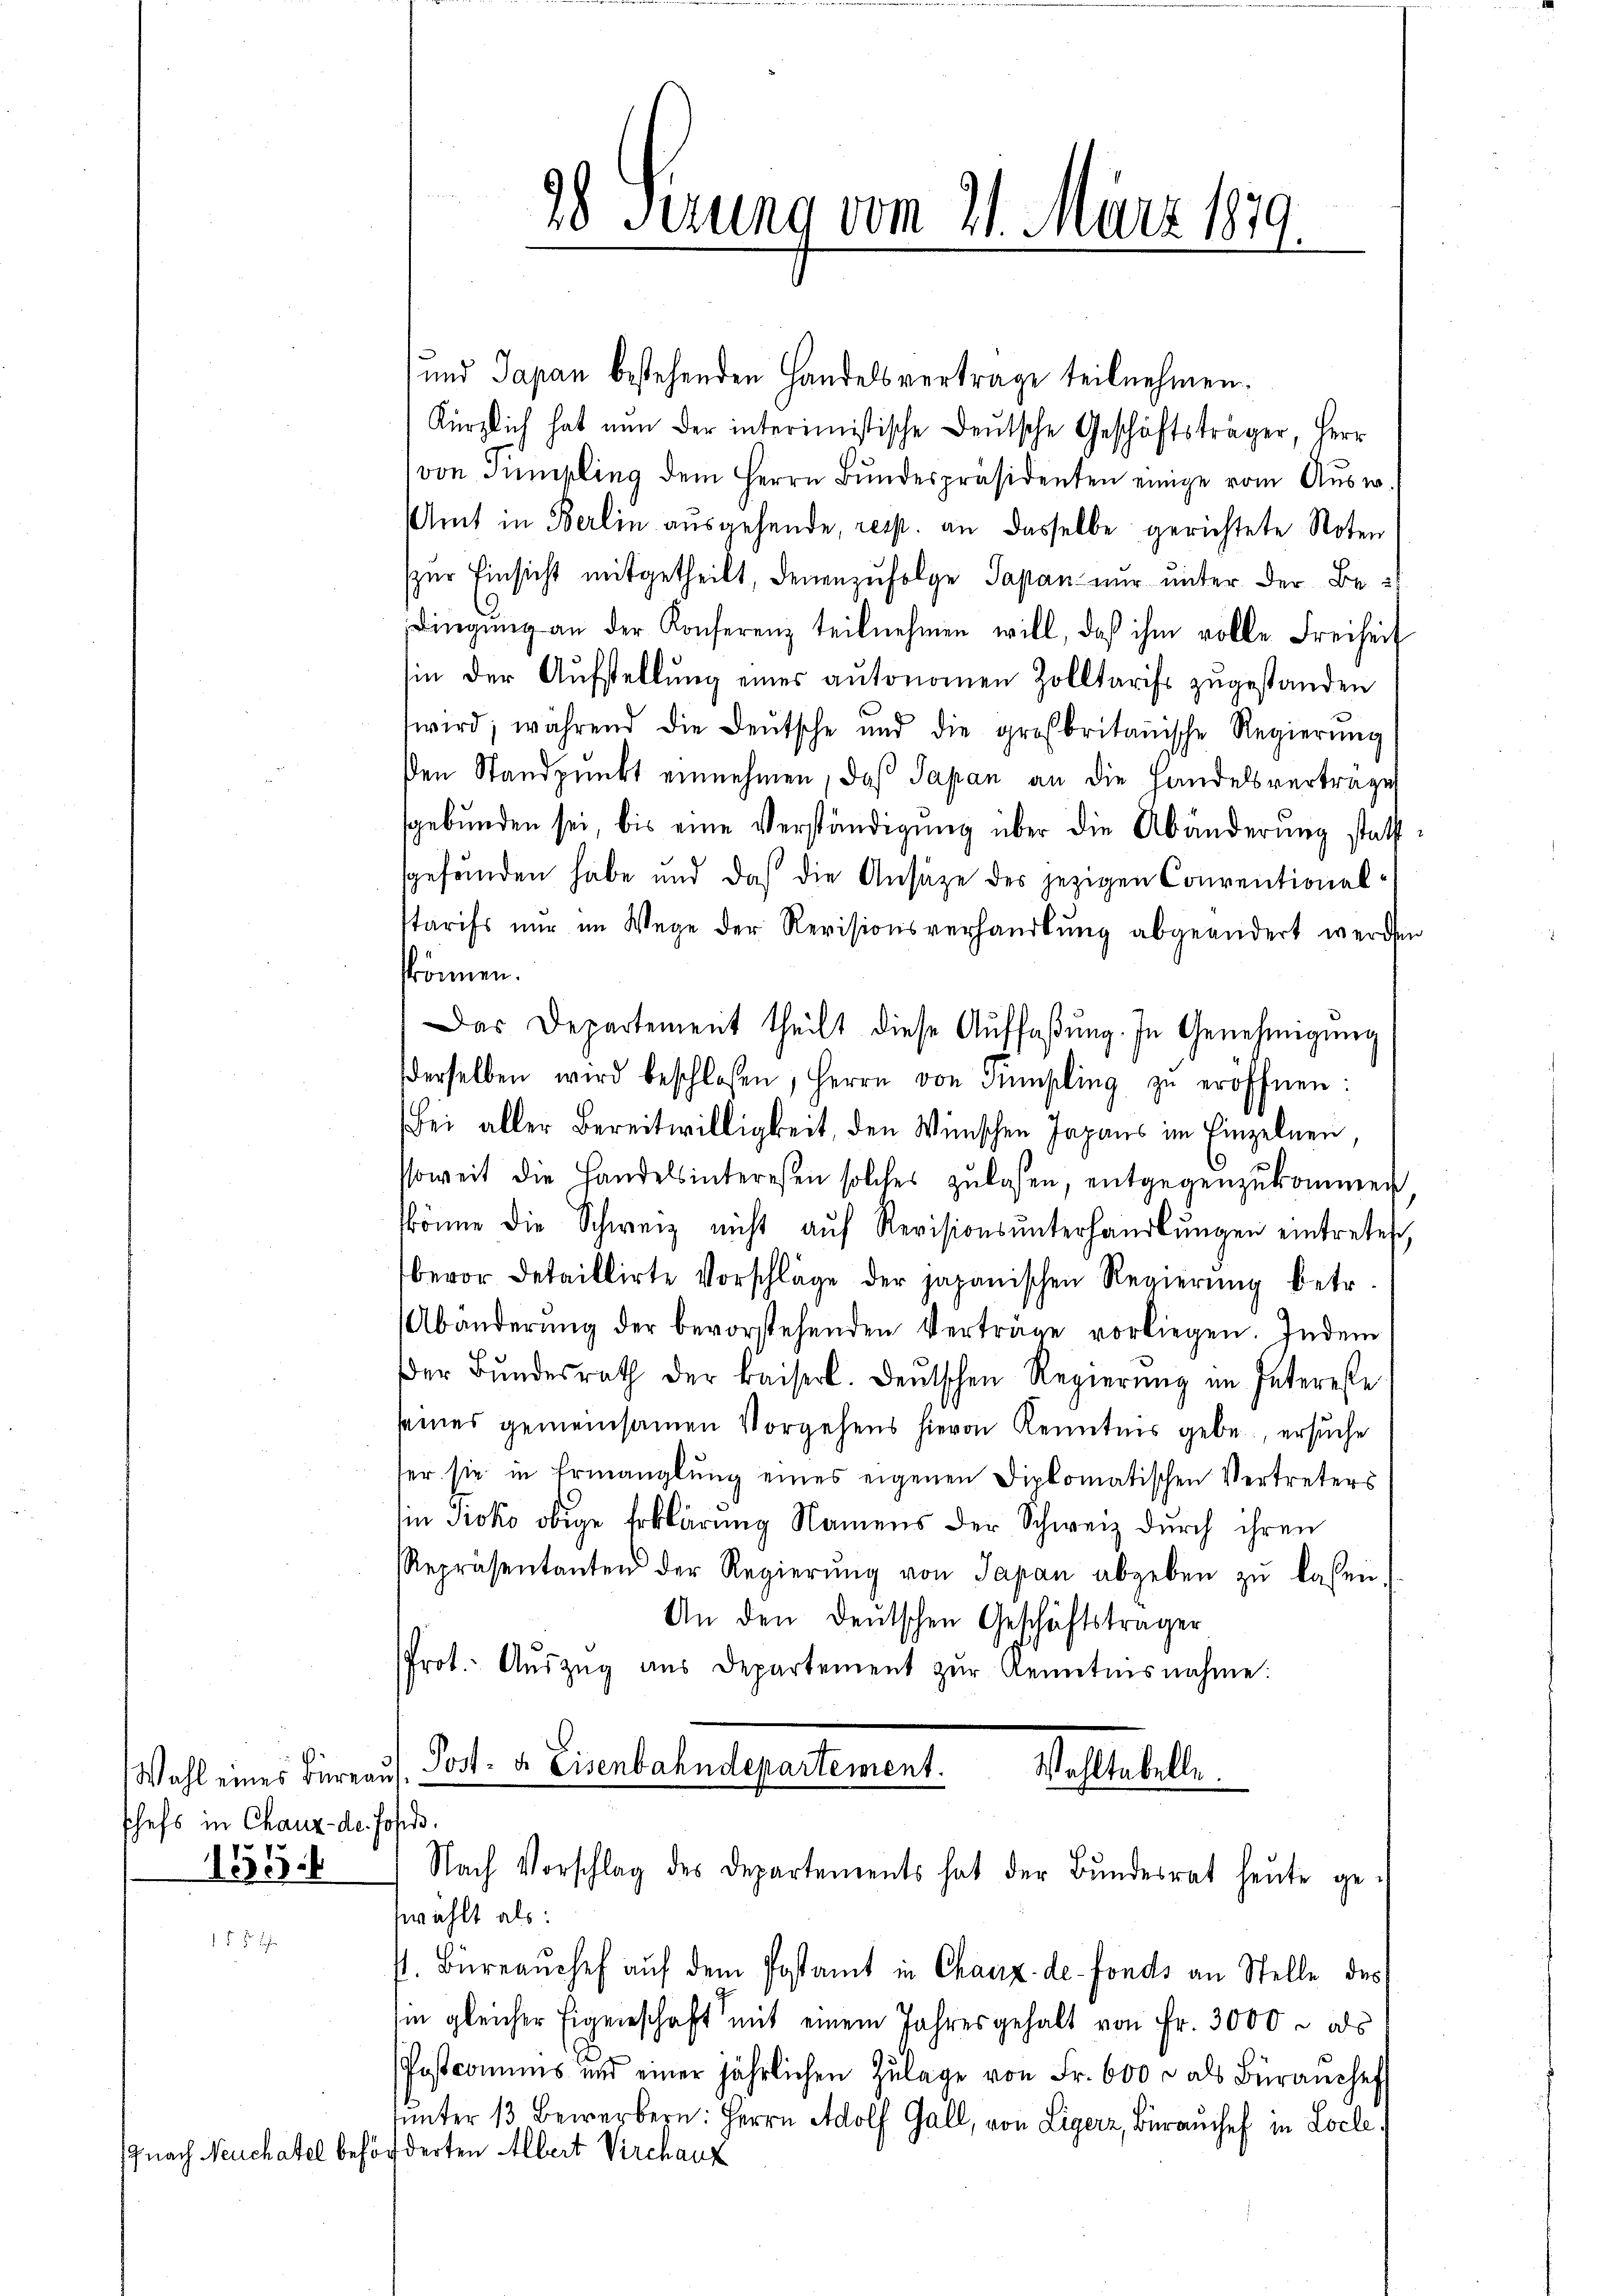
Wahl eines Büreaus
schefs in Chaux-de. Johde.
155.

9
28 Sezung vom 21. März 1879.

und Japan bestehenden Handelsvertrage teilnehmen.
Kürzlich hat nun der interimistische Deutsche Geschäftsträger, Herr
von Simpling dem Herrn Bŭndespräsidenten einige vom Ausw.
Amt in Berlin ausgehende, resp. an dasselbe gerichtete Noten
zur Einsicht mitgetheilt, denenzufolge Japan nur unter der Be¬
Dingŭng an der Konferenz teilnehmen will, daß ihm volle Freiheit
in der Aufstellung eines autonomen Zolltarist zugestanden
wird, während die Deutsche und die großbritanische Regierŭng
den Standpunkt einnehmen, daß Japan an die Handelsverträge
gebunden sei, bis eine Verständigung über die Abänderung statt
gefunden habe und daß die Ansätze des jezigen Conventionalstarifs nur im Wege der Revisionsverhandlŭng abgeändert werden
können.
Das Departement theilt diese Aŭffaβŭng. In Genehmigŭng
derselben wird beschlossen, Herrn von Pumpling zŭ eröffnen:
Bei aller Bereitwilligkeit, den Wünschen Japans im Einzelnen
soweit die Handelsinteresen solches zŭlassen, entgegenzŭkommen
könne die Schweiz nicht aŭf Revisionsŭnterhandlŭngen eintretest,
bevor detaillirte Vorschläge der japanischen Regierŭng betr.
Abänderŭng der bevorstehenden Verträge vorliegen. Indem
der Bŭndesrath der Kaiserl. Deutschen Regierŭng im Interesse
seines gemeinsamen Vorgehens hievon Kenntnis gebe, ersuche
ser sie in Ermanglung eines eigenen Diplomatischen Vertreters
in Tioko obige Erklärung Namens der Schweiz durch ihren
Repräsentanten der Regierŭng von Japan abgeben zŭ lassen.
An den Deutschen Geschäftsträger
Prot. Aŭszŭg aŭs Departement zŭr Renntnisnahme:
Post- u. Eisenbahndepartement.
Wahltabelle.
Nach Vorschlag des Departements hat der Bŭndesrat heute ge-
swählt als:
1. Büreaŭchef aŭf dem Postamt in Chaux-de-Fonds an Stelle des
in gleicher Eigenschaft mit einem Jahresgehalt von Fr. 3000 als
Postcommis und einer jährlichen Zŭlage von Fr. 600 r. als Büraŭchef
ŭnter 13 Bewerbern: Herrn Adolf Gall, von Ligerz, Buranchef in Locle
(nach Neuchatel behörderten Albert Virchanz